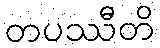
တပဿီတိ